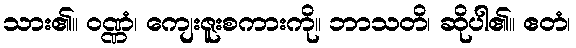
သား၏။ ဝဏ္ဏံ၊ ကျေးဇူးစကားကို။ ဘာသတိ၊ ဆိုပါ၏။ ဧတံ၊